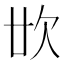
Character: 𣢓